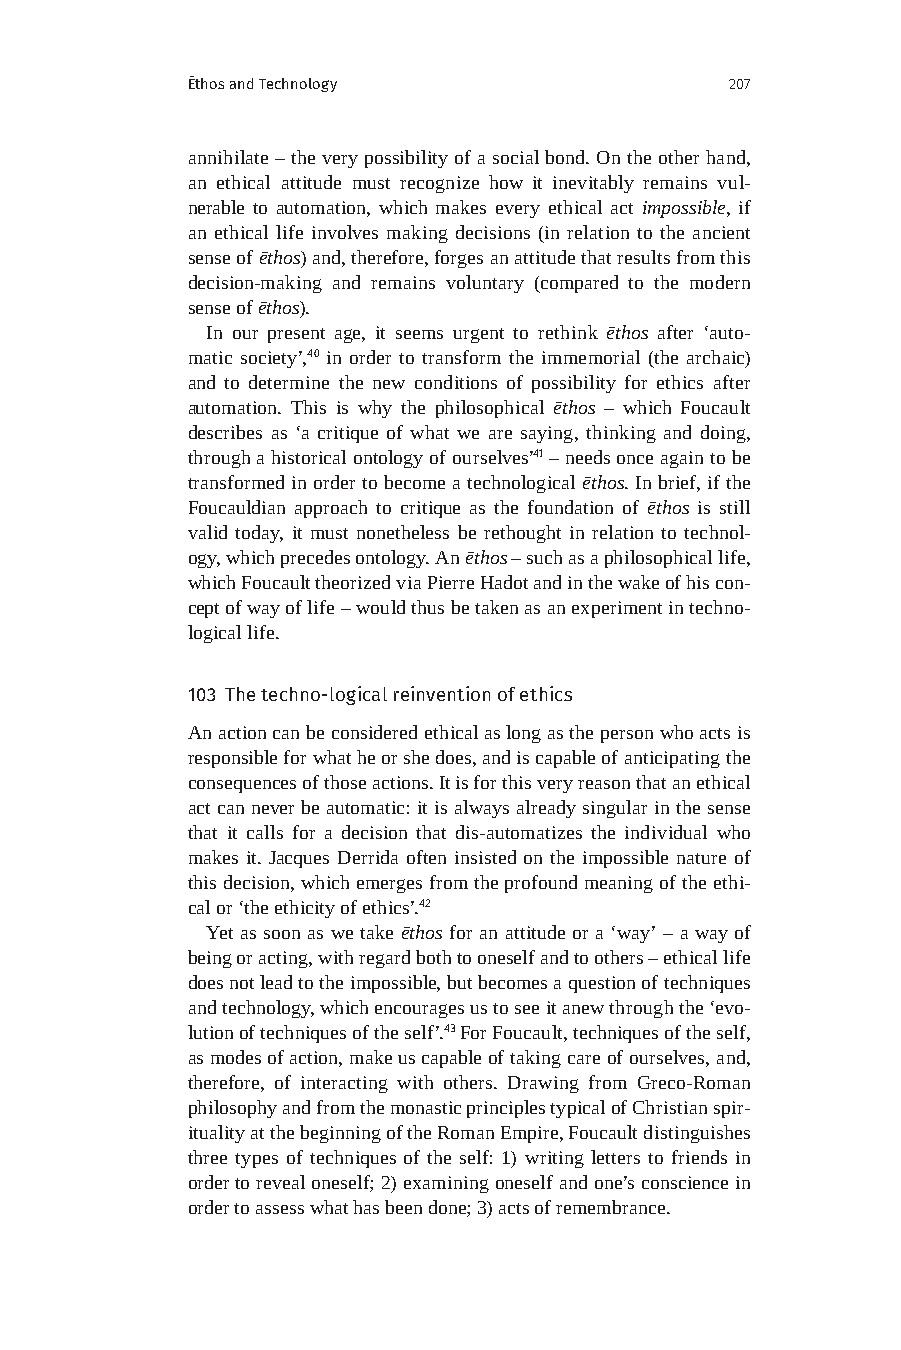
Ēthos and Technology                207
 annihilate – the very possibility of a social bond. On the other hand,
 an ethical attitude must recognize how it inevitably remains vul-
 nerable to automation, which makes every ethical act impossible, if
 an ethical life involves making decisions (in relation to the ancient
 sense of ēthos) and, therefore, forges an attitude that results from this
 decision-making and remains voluntary (compared to the modern
 sense of ēthos).
 In our present age, it seems urgent to rethink ēthos after ‘auto-
 matic society’,40 in order to transform the immemorial (the archaic)
 and to determine the new conditions of possibility for ethics after
 automation. This is why the philosophical ēthos – which Foucault
 describes as ‘a critique of what we are saying, thinking and doing,
 through a historical ontology of ourselves’41 – needs once again to be
 transformed in order to become a technological ēthos. In brief, if the
 Foucauldian approach to critique as the foundation of ēthos is still
 valid today, it must nonetheless be rethought in relation to technol-
 ogy, which precedes ontology. An ēthos – such as a philosophical life,
 which Foucault theorized via Pierre Hadot and in the wake of his con-
 cept of way of life – would thus be taken as an experiment in techno-
 logical life.
 103 The techno-logical reinvention of ethics
 An action can be considered ethical as long as the person who acts is
 responsible for what he or she does, and is capable of anticipating the
 consequences of those actions. It is for this very reason that an ethical
 act can never be automatic: it is always already singular in the sense
 that it calls for a decision that dis-automatizes the individual who
 makes it. Jacques Derrida often insisted on the impossible nature of
 this decision, which emerges from the profound meaning of the ethi-
 cal or ‘the ethicity of ethics’.42
 Yet as soon as we take ēthos for an attitude or a ‘way’ – a way of
 being or acting, with regard both to oneself and to others – ethical life
 does not lead to the impossible, but becomes a question of techniques
 and technology, which encourages us to see it anew through the ‘evo-
 lution of techniques of the self’.43 For Foucault, techniques of the self,
 as modes of action, make us capable of taking care of ourselves, and,
 therefore, of interacting with others. Drawing from Greco-Roman
 philosophy and from the monastic principles typical of Christian spir-
 ituality at the beginning of the Roman Empire, Foucault distinguishes
 three types of techniques of the self: 1) writing letters to friends in
 order to reveal oneself; 2) examining oneself and one’s conscience in
 order to assess what has been done; 3) acts of remembrance.